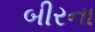
બીરના